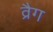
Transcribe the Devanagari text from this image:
व्रैग